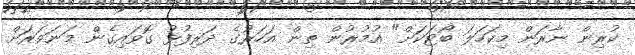
ކުރިން ނާރަން މިކަހަލަ ބޯޓަކަށް" އުމުރުން ތިން އަހަރުގެ ދަރިފުޅު ގޮވައިގެން މަނަވަރަށް